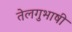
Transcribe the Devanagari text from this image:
तेलगुभाषी